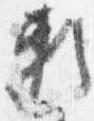
頼